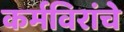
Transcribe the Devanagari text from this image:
कर्मविरांचे